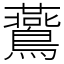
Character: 鷰